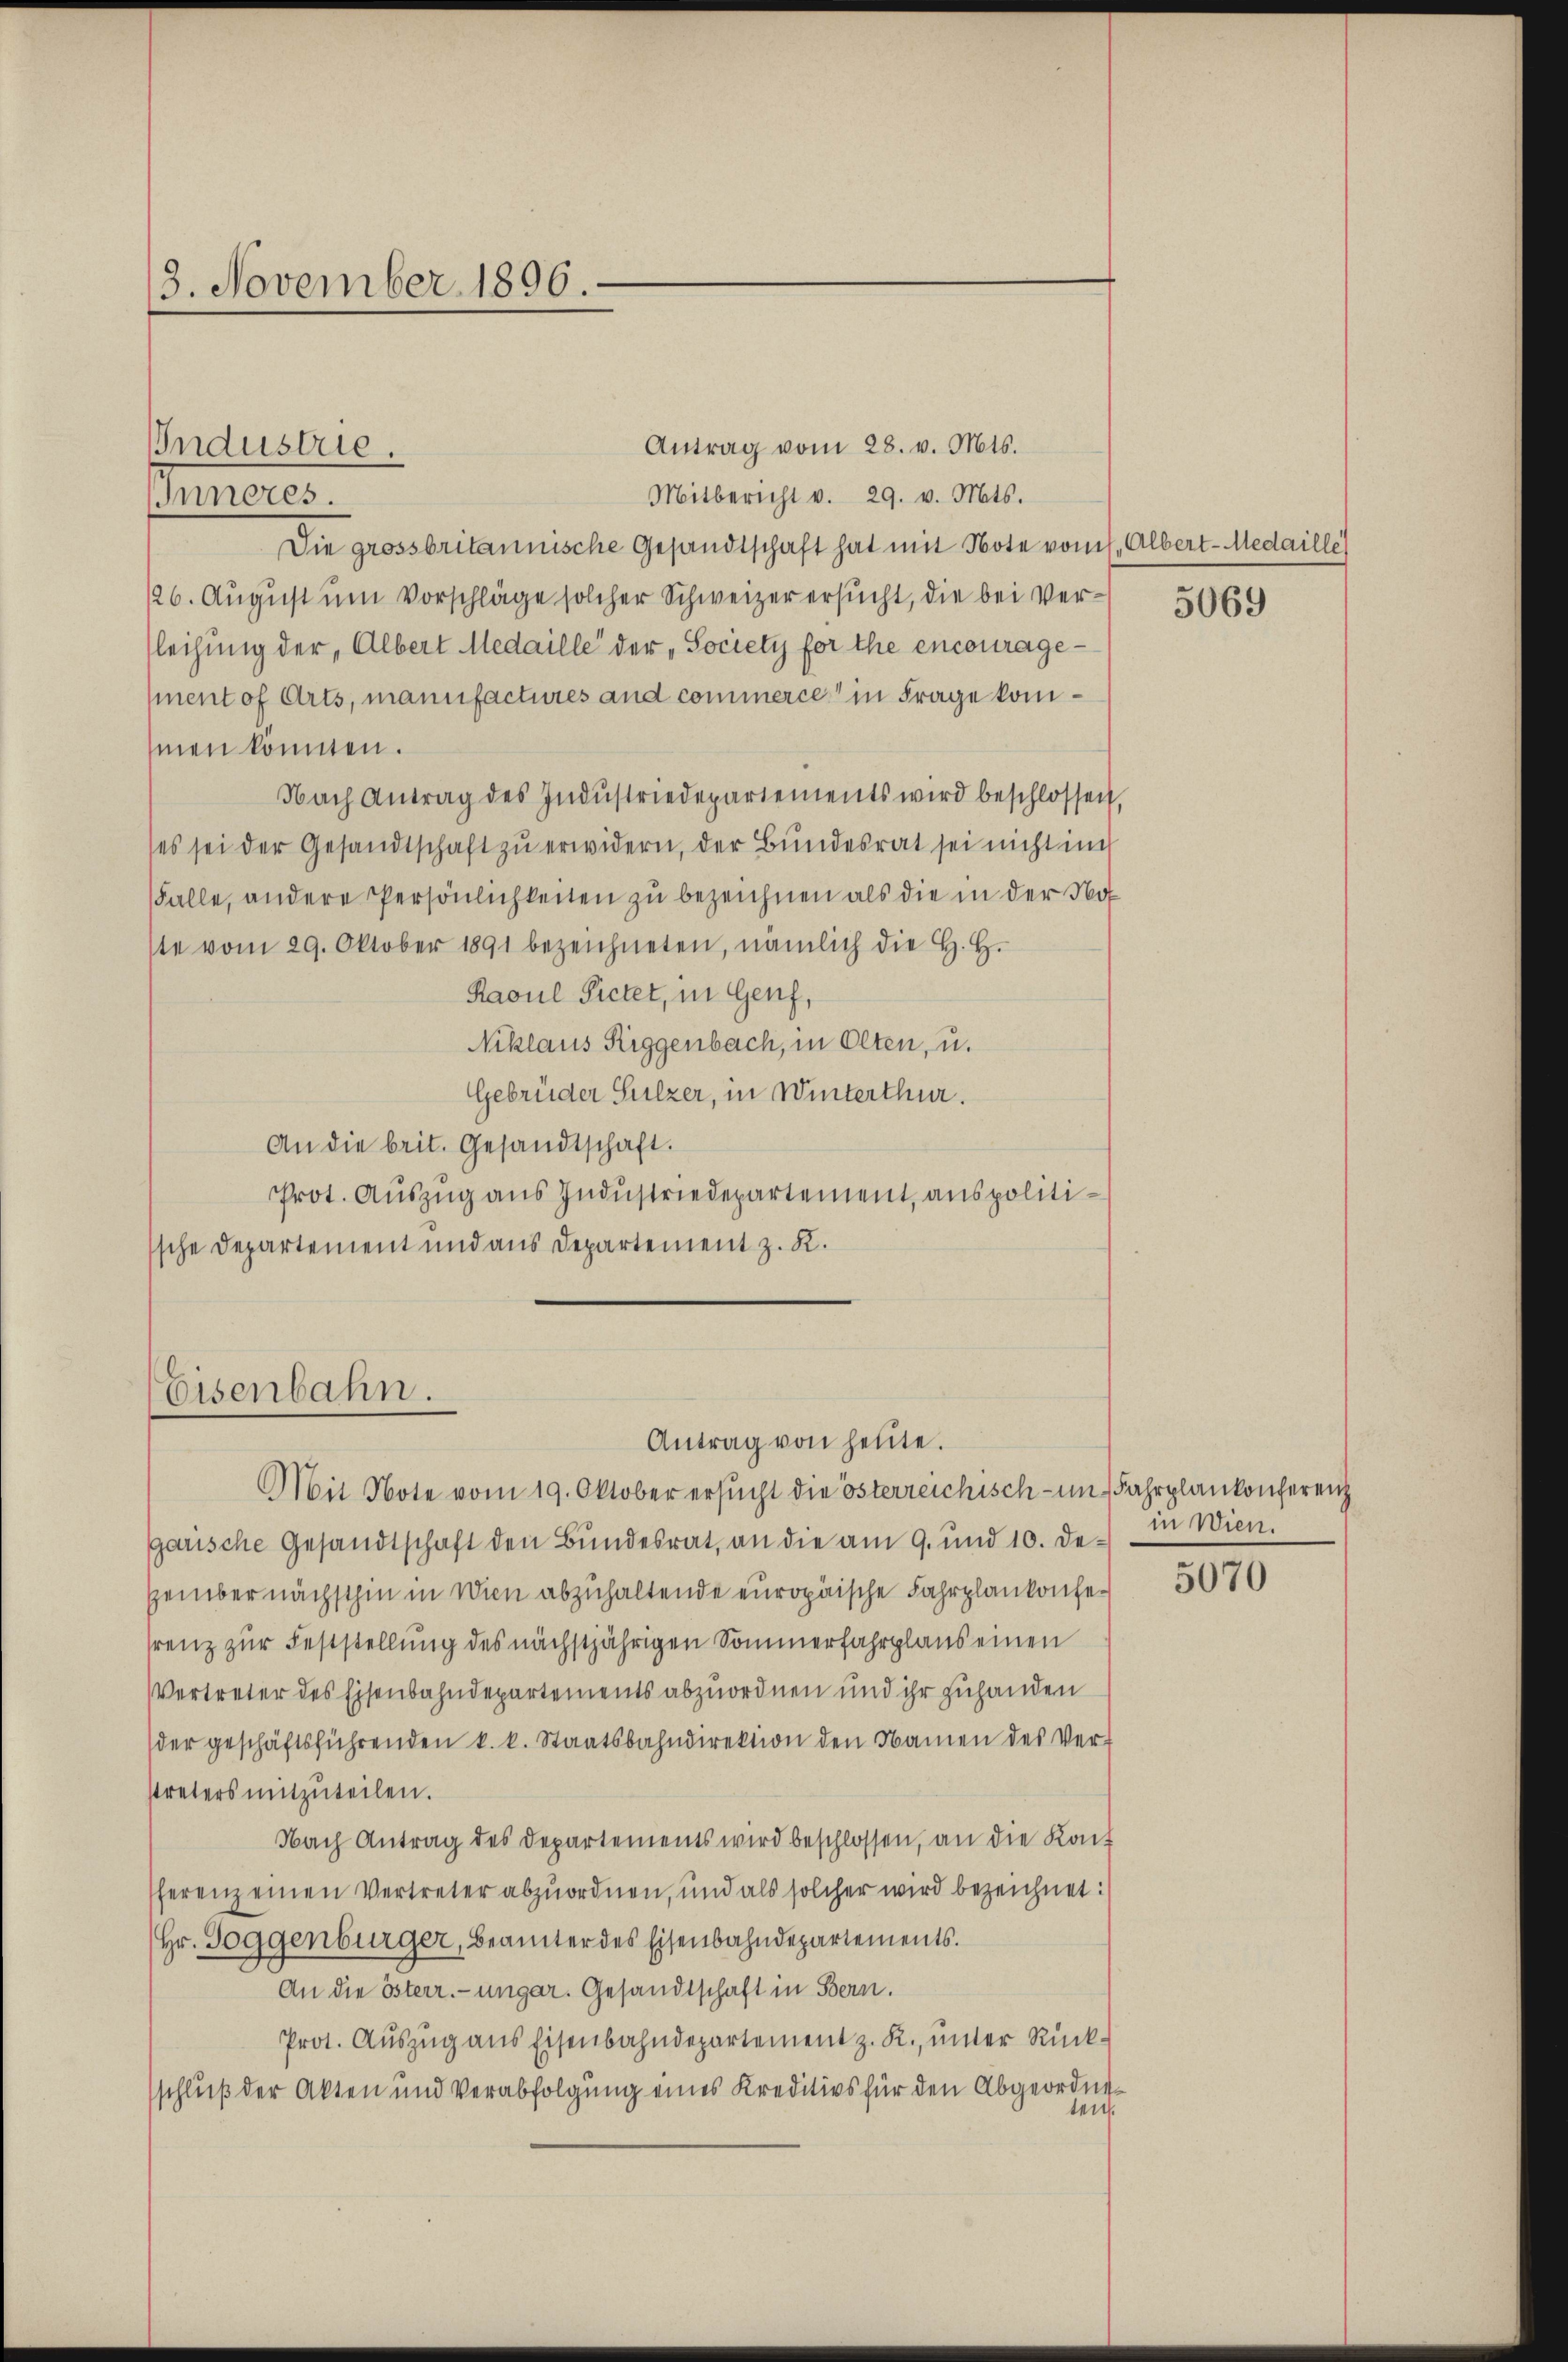
3. November 1896.

Industrie.

Eisenbahn.

Antrag von heute.

Antrag vom 28. v. Mts.
Mitbericht v. 29. v. Mts.
Meeres.
Die grossbritannische Gesandtschaft hat mit Note vom 1. Albert-Medaille
126. August um Vorschläge solcher Schweizer ersucht, die bei Verleihung der, Albert Medaille der „Society forthe encourageentof Arts, manufactures and commerce in Frage kommen könnten.
Nach Antrag des Indŭstriedepartements wird beschlossen,
es sei der Gesandtschaft zu erwidern, der Bundesrat sei nicht in
Falle, andere Persönlichkeiten zu bezeichnen als die in der Noste vom 29. Oktober 1891 bezeichneten, nämlich die H. H.
Raoul Pietet, in Genf,
Niklaus Riggenbach, in Olten, u.
Gebrüder Sulzer, in Winterthur.
An die beit. Gesandtschaft.
Prot. Auszug aus Industriedepartement, anspolitische Departement und aus Departement z. K.

Mit Note vom 19. Oktober ersŭcht die österreichisch - im Fahrplankonferenz
garische Gesandtschaft den Bundesrat, an die am 9. und 10. De¬
Zember nächsthin in Wien abzuhaltende europäische Fahrplankonferenz zur Feststellung des nächstjährigen Sommerfahrplans einen
Vertreter des Eisenbahndepartements abzuordnen und ihr zuhanden
der geschäftsführenden k. k. Staatsbahndirektion den Namen des Ver-
Ptreters mitzŭteilen.
Nach Antrag des Departements wird beschlossen, an die Kont
ferenz einen Vertreter abzuordnen, und als solcher wird bezeichnet:
Hr. Toggenbürger, Beamter des Eisenbahndepartements.
An die österr. ungar. Gesandtschaft in Bern.
Prot. Auszug aus Eisenbahndepartement z. R., unter Rückschluß der Akten und Verabfolgung eines Kreditivs für den Abgeordneten.

5069

in Wien.

5070